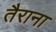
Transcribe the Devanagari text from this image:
तैराना